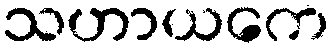
သဟာယကေ